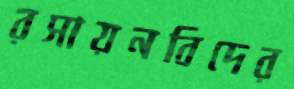
রসায়নবিদের